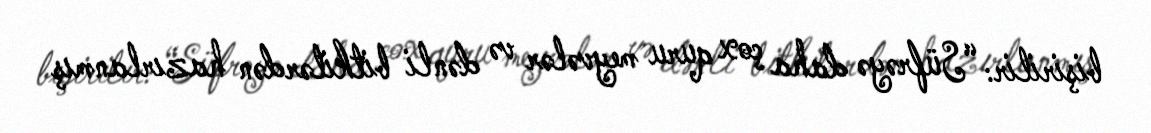
bişirilir: “Süfrəyə daha çox quru meyvələr və dənli bitkilərdən hazırlanmış